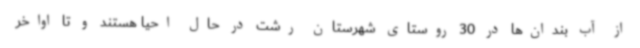
از آب بندان‌ها در 30 روستای شهرستان رشت در حال احیا هستند و تا اواخر